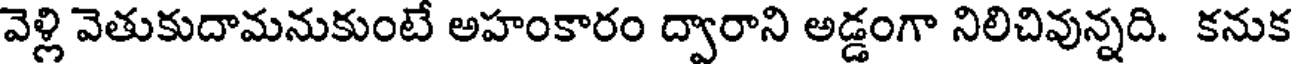
వెళ్లి వెతుకుదామనుకుంటే అహంకారం ద్వారాని అడ్డంగా నిలిచివున్నది. కనుక